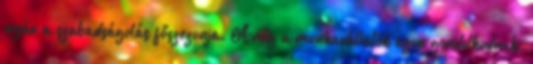
nyár a szabadságolás főszezonja. Amíg a munkavállalók azon gondolkodnak,